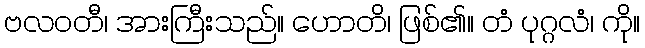
ဗလဝတီ၊ အားကြီးသည်။ ဟောတိ၊ ဖြစ်၏။ တံ ပုဂ္ဂလံ၊ ကို။